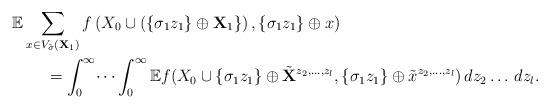
LaTeX: \begin{align*}&\mathbb{E}\sum_{x \in V_{\tilde{\sigma}}(\mathbf{X}_1) } f\left(X_0\cup \left( \{\sigma_1 z_1\} \oplus \mathbf{X}_1\}\right), \{\sigma_1 z_1\}\oplus x\right)\\&\qquad= \int_0^\infty \dots \int_0^\infty \mathbb{E} f( X_0 \cup \{\sigma_1 z_1\}\oplus\tilde{\mathbf{X}}^{z_2,\dots,z_l}, \{\sigma_1 z_1\} \oplus \tilde{x}^{z_2,\dots,z_l})\,dz_2\dots\,dz_l.\end{align*}